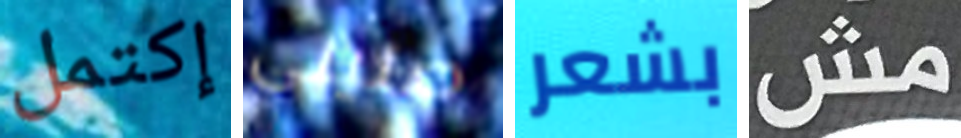
إكتمل صليني بشعر مش